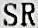
SR